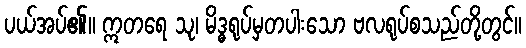
ပယ်အပ်၏။ ဣတရေ သု၊ မိဒ္ဓရုပ်မှတပါးသော ဗလရုပ်စသည်တို့တွင်။